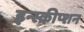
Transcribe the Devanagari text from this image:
इन्स्क्रीप्शन